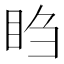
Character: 𬑍